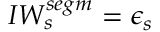
I W _ { s } ^ { s e g m } = \epsilon _ { s }